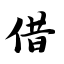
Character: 借